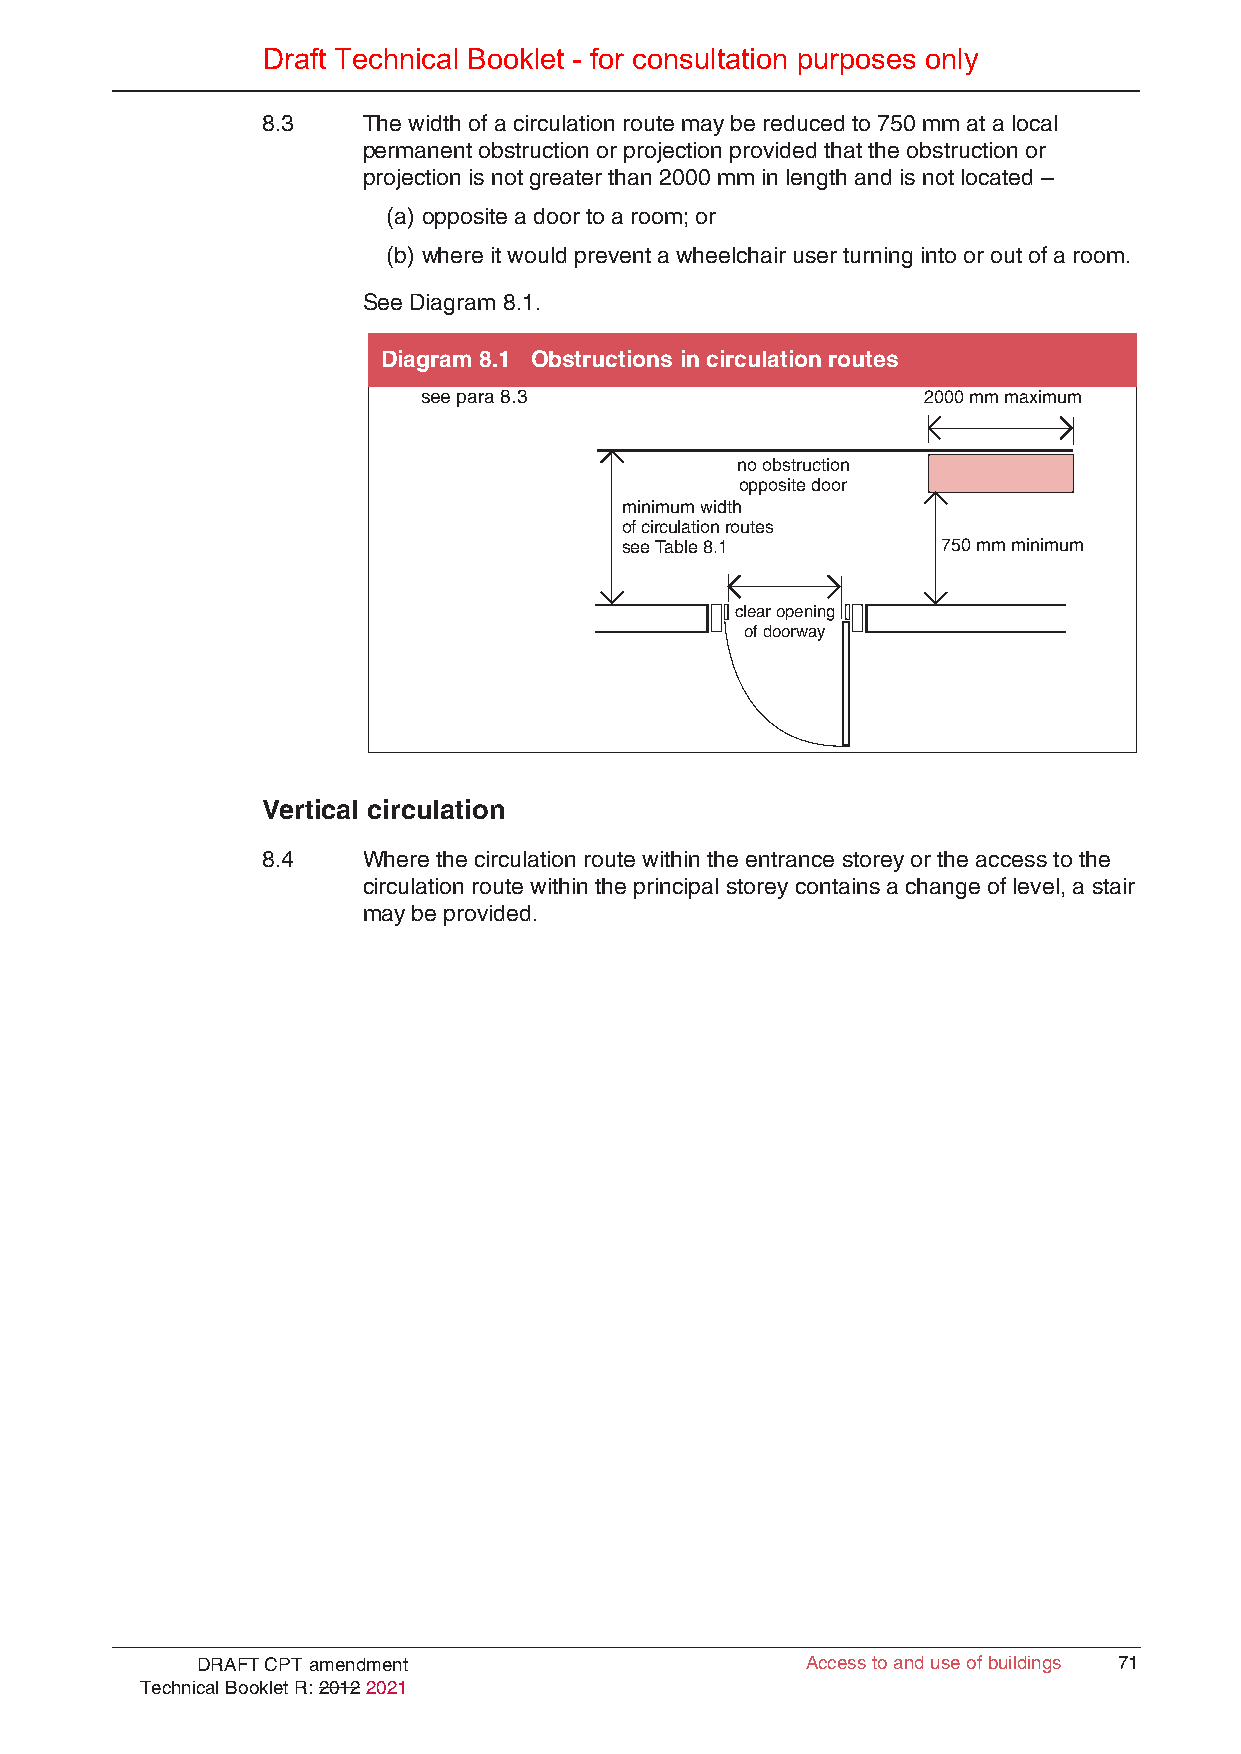
Draft Technical Booklet - for consultation purposes only
 8.3    The width of a circulation route may be reduced to 750 mm at a local
 permanent obstruction or projection provided that the obstruction or
 projection is not greater than 2000 mm in length and is not located –
 (a) opposite a door to a room; or
 (b) where it would prevent a wheelchair user turning into or out of a room.
 See Diagram 8.1.
 Diagram 8.1 Obstructions in circulation routes
 see para 8.3                     2000 mm maximum
 no obstruction
 opposite door
 minimum width
 of circulation routes
 see Table 8.1        750 mm minimum
 clear opening
 of doorway
 Vertical circulation
 8.4    Where the circulation route within the entrance storey or the access to the
 circulation route within the principal storey contains a change of level, a stair
 may be provided.
 DRAFT CPT amendment                     Access to and use of buildings 71
 Technical Booklet R: 2012 2021